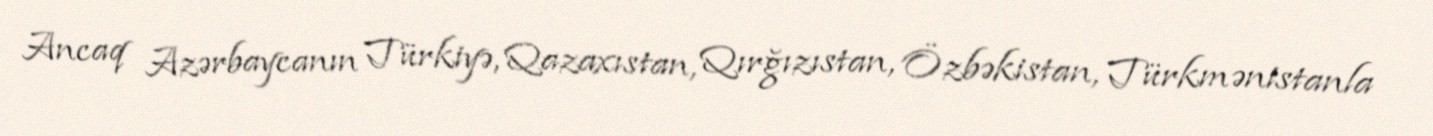
Ancaq Azərbaycanın Türkiyə, Qazaxıstan, Qırğızıstan, Özbəkistan, Türkmənistanla